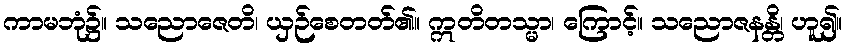
ကာမဘုံ၌။ သညောဇေတိ၊ ယှဉ်စေတတ်၏။ ဣတိတသ္မာ၊ ကြောင့်။ သညောဇနန္တိ၊ ဟူ၍။